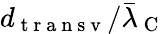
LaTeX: d_{\mathrm{~t~r~a~n~s~v~}}/\bar{\lambda}_{\mathrm{~C~}}